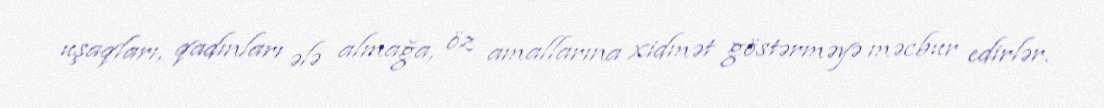
uşaqları, qadınları ələ almağa, öz amallarına xidmət göstərməyə məcbur edirlər.